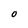
Character: 0